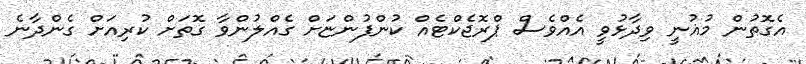
އެގޮތުން މުޣުނީ ވިދާޅުވީ އެއްވެސް ޕްރޮޖެކްޓެއް ކުންފުންޏަށް ގެއްލުންވާ ގޮތަށް ކުރިއަށް ގެންދާނެ